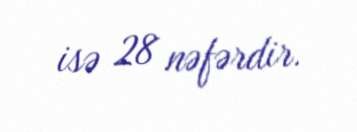
isə 28 nəfərdir.